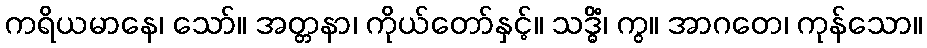
ကရိယမာနေ၊ သော်။ အတ္တနာ၊ ကိုယ်တော်နှင့်။ သဒ္ဓိံ၊ ကွ။ အာဂတေ၊ ကုန်သော။